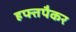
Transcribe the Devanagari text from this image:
हफ्तपैकर